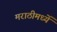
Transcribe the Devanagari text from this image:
मराठीमध्यें